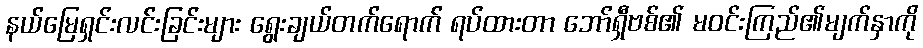
နယ်မြေရှင်းလင်းခြင်းများ ရွေးချယ်တက်ရောက် ရပ်ထားတာ ဘော်ရှီဗစ်၏ မဝင်းကြည်၏မျက်နှာကို